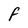
Character: F